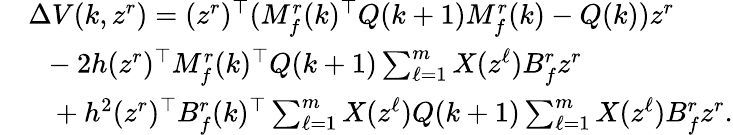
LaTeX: \begin{array}{rl}&{\Delta V(k,z^{r})=(z^{r})^{\top}(M_{f}^{r}(k)^{\top}Q(k+1)M_{f}^{r}(k)-Q(k))z^{r}}\\ &{~~-2h(z^{r})^{\top}M_{f}^{r}(k)^{\top}Q(k+1)\textstyle\sum_{\ell=1}^{m}X(z^{\ell})B_{f}^{r}z^{r}}\\ &{~~~+h^{2}(z^{r})^{\top}B_{f}^{r}(k)^{\top}\textstyle\sum_{\ell=1}^{m}X(z^{\ell})Q(k+1)\textstyle\sum_{\ell=1}^{m}X(z^{\ell})B_{f}^{r}z^{r}.}\end{array}